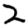
Digit: 2